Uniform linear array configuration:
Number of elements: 48
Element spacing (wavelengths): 0.75
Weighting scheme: binomial
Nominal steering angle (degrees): -30
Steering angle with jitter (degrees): -30.047
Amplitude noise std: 0.05
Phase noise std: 0.05

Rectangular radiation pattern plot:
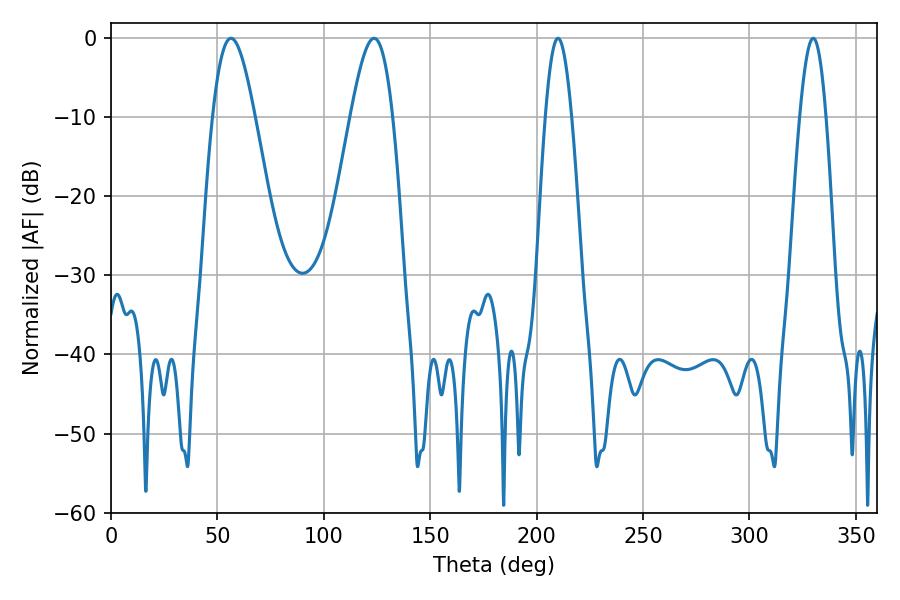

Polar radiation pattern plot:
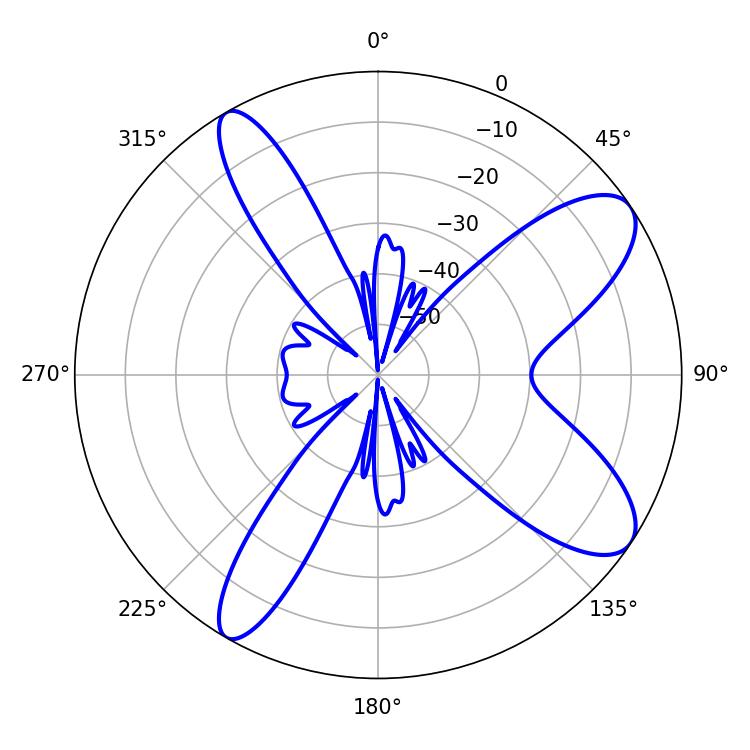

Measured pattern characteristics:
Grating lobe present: TRUE
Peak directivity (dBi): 9.694
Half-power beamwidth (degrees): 6.66
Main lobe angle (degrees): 210.06